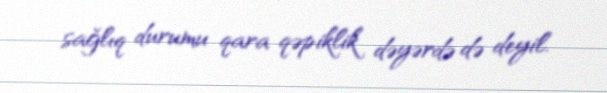
sağlıq durumu qara qəpiklik dəyərdə də deyil.